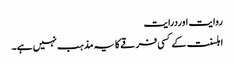
روایت اوردرایت
اہلسنت کے کسی فرقے کا یہ مذہب نہیں ہے۔